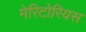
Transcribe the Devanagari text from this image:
मेरिटोरियस